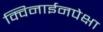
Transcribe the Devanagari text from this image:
क्विनाईनपेक्षा